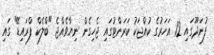
ފުނަދޫގައި 12 އަހަރުގެ ކުއްޖަކު ކަރަންޓުގައި ޖެހިގެން ނިޔާވެއްޖެ "ބްލެކް ފްރައިޑޭ" ގައި